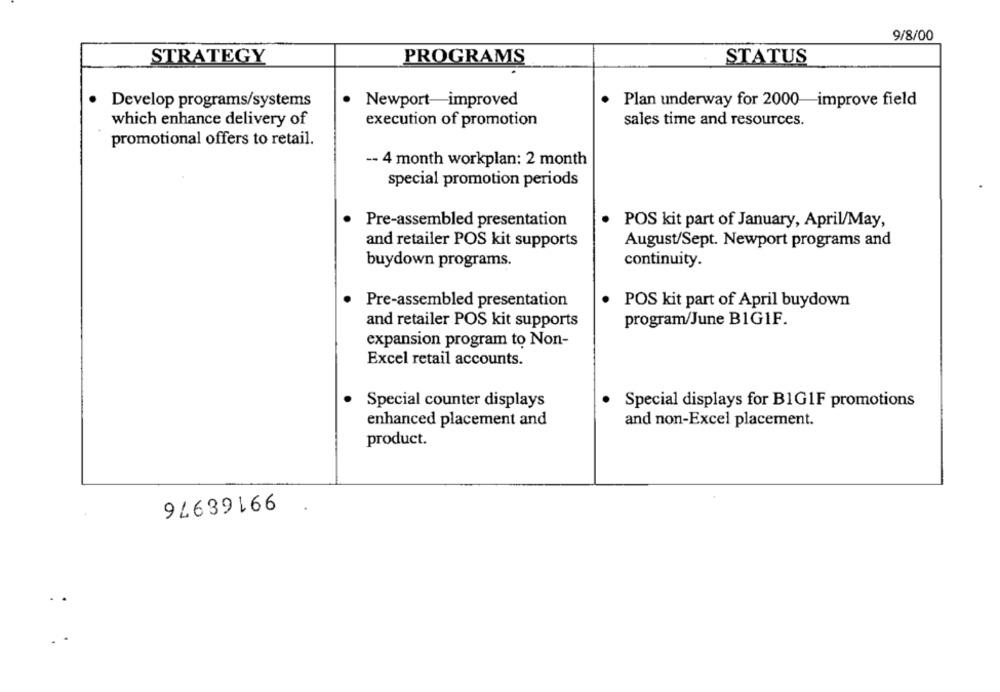
9/8/00
STRATEGY
PROGRAMS
STATUS
Develop programs/systems
Newport-improved
. Plan underway for 2000-improve field
which enhance delivery of
execution of promotion
sales time and resources.
promotional offers to retail.
-- 4 month workplan: 2 month
special promotion periods
.
Pre-assembled presentation
POS kit part of January, April/May,
and retailer POS kit supports
August/Sept. Newport programs and
buydown programs.
continuity.
Pre-assembled presentation
POS kit part of April buydown
and retailer POS kit supports
program/June B1G1F.
expansion program to Non-
Excel retail accounts.
Special counter displays
Special displays for B1GIF promotions
enhanced placement and
and non-Excel placement.
product.
99168976
..